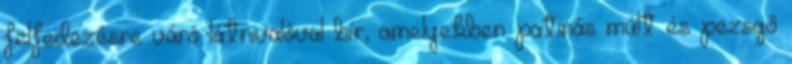
felfedezésre váró látnivalóval bír, amelyekben patinás múlt és pezsgő